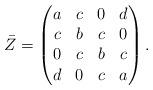
LaTeX: \begin{align*}\bar{Z} = \begin{pmatrix} a & c & 0 & d \cr c & b & c & 0 \cr 0 & c & b & c \cr d & 0 & c & a \end{pmatrix}.\end{align*}